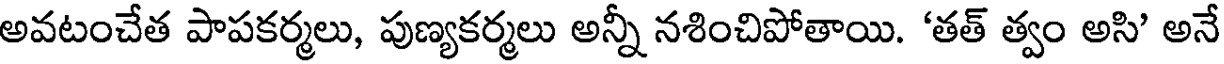
అవటంచేత పాపకర్మలు, పుణ్యకర్మలు అన్నీ నశించిపోతాయి. 'తత్ త్వం అసి' అనే